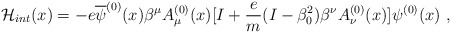
\begin{align*}{\cal H}_{int}(x)=-e\overline{\psi}^{(0)}(x)\beta^{\mu}A_{\mu}^{(0)}(x)[I+\frac{e}{m}(I-\beta_{0}^2)\beta^{\nu}A_{\nu}^{(0)}(x)]\psi^{(0)}(x) \,\,,\end{align*}